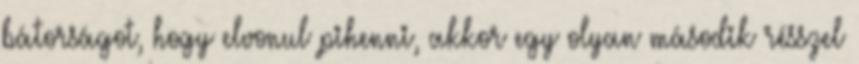
bátorságot, hogy elvonul pihenni, akkor egy olyan második résszel